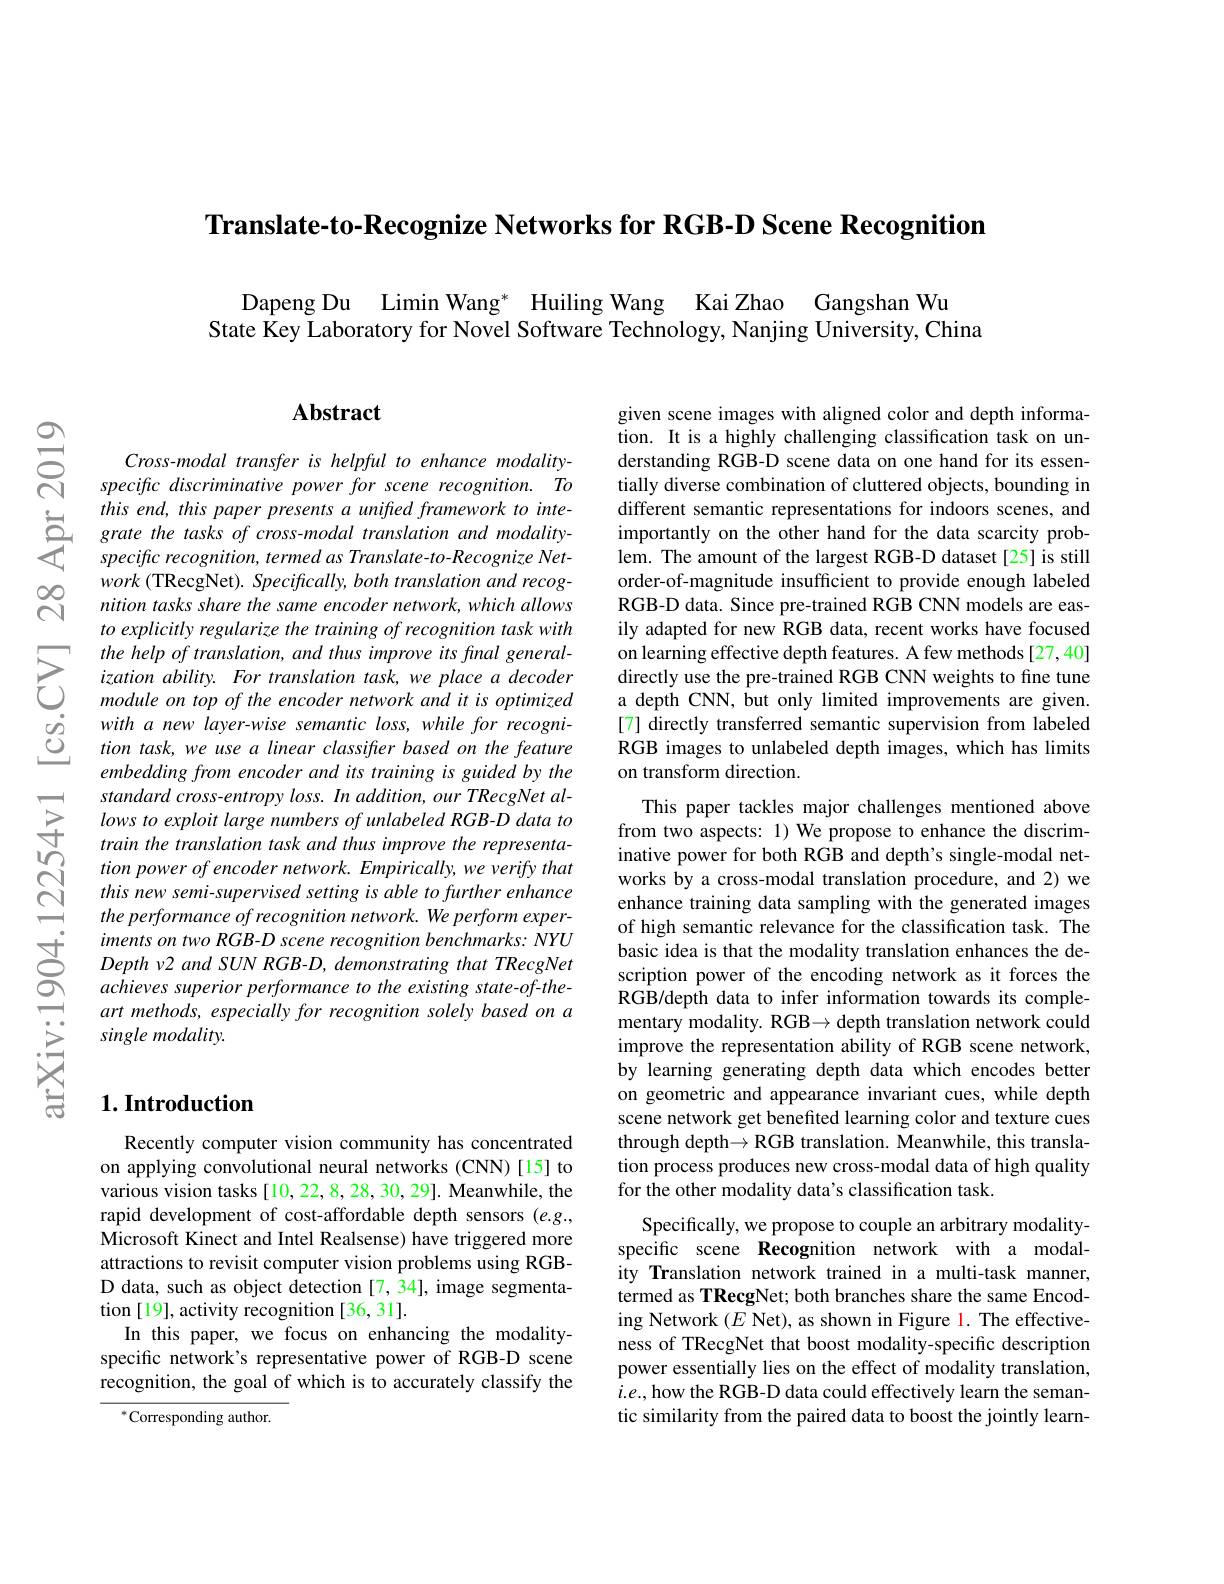
Translate-to-Recognize Networks for RGB-D Scene Recognition

Dapeng Du Limin Wang* Huiling Wang Kai Zhao Gangshan Wu
State Key Laboratory for Novel Software Technology, Nanjing University, China

$ન્રિ$

### $\mathbf{Abstract}$

Cross-modal transfer is helpful to enhance modalityspecific discriminative power for scene recognition. To
$\sum_{\begin{array}{cc}&this\:end,\:this\:paper\:presents\:a\:unifhed\:framework\:to\:inte-\\&grate\:the\:tasks\:of\:cross-modal\:translation\:and\:modality-\\&specific\:recognition,\:termed\:as\:Translate-to-Recognize\:Net-\end{array}}$
$work\left(\mathrm{TRecgNet}\right).Specifically,bothtranslationandrecog-$ nition tasks share the same encoder network, which allows to explicitly regularize the training of recognition task with the help of translation, and thus improve its final general- $izationability.Fortranslationtask,weplaceadecoder$ module on top of the encoder network and it is optimized with a new layer-wise semantic loss, while for recognition task, we use a linear classifier based on the feature embeddingfrom encoder and its training is guided by the standard cross-entropy loss. In addition, our TRecgNet allows to exploit large numbers of unlabeled RGB-D data to train the translation task and thus improve the representationpowerofencoder network. Empirically, we verify that this new semi-supervised setting is able to further enhance the performance of recognition network. We perform experiments on two RGB-D scene recognition benchmarks: NYU $Depth~v2~and~SUN~RGB-D,~demonstrating~that~TRecgNet$ achieves superior performance to the existing state-of-theart methods, especially for recognition solely based on a single modality.

## $1. \textbf{Introduction}$

Recently computer vision community has concentrated on applying convolutional neural networks (CNN)[15] to various vision tasks[10,22,8,28,30,29]. Meanwhile, the rapid development of cost-affordable depth sensors (e.g., Microsoft Kinect and Intel Realsense) have triggered more attractions to revisit computer vision problems using RGBD data, such as object detection [7,34], image segmentation [19], activity recognition [36, 31].
In this paper, we focus on enhancing the modalityspecific network's representative power of RGB-D scene recognition, the goal of which is to accurately classify the

$^{*}$Corresponding author.

given scene images with aligned color and depth information. It is a highly challenging classification task on understanding RGB-D scene data on one hand for its essentially diverse combination of cluttered objects, bounding in different semantic representations for indoors scenes, and importantly on the other hand for the data scarcity problem. The amount of the largest RGB-D dataset[25] is still order-of-magnitude insufficient to provide enough labeled RGB-D data. Since pre-trained RGB CNN models are easily adapted for new RGB data, recent works have focused on learning effective depth features. A few methods [27,40] directly use the pre-trained RGB CNN weights to fine tune a depth CNN, but only limited improvements are given. [7] directly transferred semantic supervision from labeled RGB images to unlabeled depth images, which has limits on transform direction.

This paper tackles major challenges mentioned above from two aspects: 1) We propose to enhance the discriminative power for both RGB and depth's single-modal networks by a cross-modal translation procedure, and 2) we enhance training data sampling with the generated images of high semantic relevance for the classification task. The basic idea is that the modality translation enhances the description power of the encoding network as it forces the RGB/depth data to infer information towards its complementary modality. RGB→ depth translation network could improve the representation ability of RGB scene network, by learning generating depth data which encodes better on geometric and appearance invariant cues, while depth scene network get benefited learning color and texture cues through depth$\to$RGB translation. Meanwhile, this translation process produces new cross-modal data of high quality for the other modality data's classification task.
Specifically, we propose to couple an arbitrary modalityspecific scene Recognition network with a modality Translation network trained in a multi-task manner, termed as TRecgNet; both branches share the same Encoding Network $(E$ Net), as shown in Figure l. The effectiveness of TRecgNet that boost modality-specific description power essentially lies on the effect of modality translation, $i.e.$, how the RGB-D data could effectively learn the semantic similarity from the paired data to boost the jointly learn-